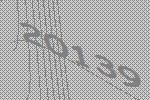
20139